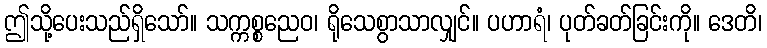
ဤသို့ပေးသည်ရှိသော်။ သက္ကစ္စညေဝ၊ ရိုသေစွာသာလျှင်။ ပဟာရံ၊ ပုတ်ခတ်ခြင်းကို။ ဒေတိ၊